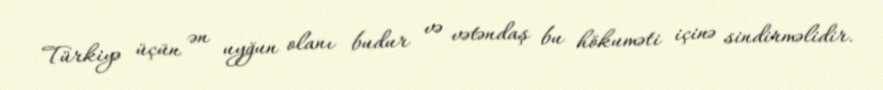
Türkiyə üçün ən uyğun olanı budur və vətəndaş bu hökuməti içinə sindirməlidir.